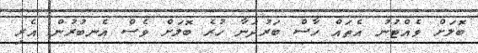
ބޮލަށް ވެއްޓުނު އެތައް ހާސް ބަރުދަނާ ހުރެ ބޮލަށް ވެސް އެނބުރުން އެރި